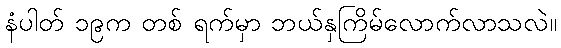
နံပါတ် ၁၉က တစ် ရက်မှာ ဘယ်နှကြိမ်လောက်လာသလဲ။